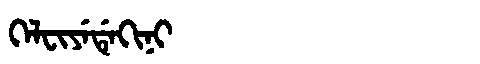
Manchu: ᡴᡝᠯᠸᡳᠶᡝᡩᡝᡴᡳᠨᡳ
Romanization: KELFIYEDEKINI